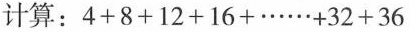
计算：4+8+12+16+……+32+36